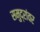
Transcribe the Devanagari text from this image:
समुद्रांवर